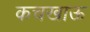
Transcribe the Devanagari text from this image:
कचखाऊ